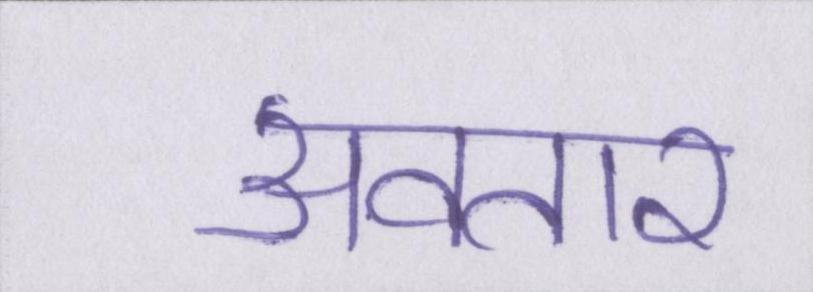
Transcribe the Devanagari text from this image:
अवतार